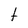
Character: t